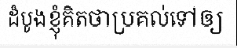
ដំបូងខ្ញុំគិតថាប្រគល់ទៅឲ្យ